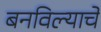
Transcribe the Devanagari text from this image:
बनविल्याचे